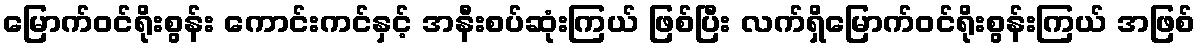
မြောက်ဝင်ရိုးစွန်း ကောင်းကင်နှင့် အနီးစပ်ဆုံးကြယ် ဖြစ်ပြီး လက်ရှိမြောက်ဝင်ရိုးစွန်းကြယ် အဖြစ်